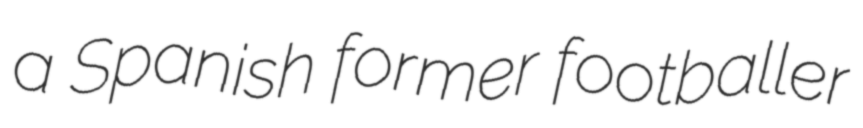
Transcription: a Spanish former footballer